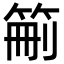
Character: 䈀